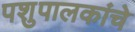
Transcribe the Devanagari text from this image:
पशुपालकांचे